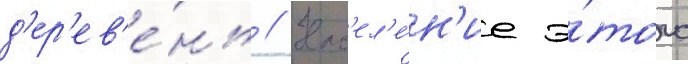
д'ер'ев'е́нь // Нас'ел'е́н'ие э́того